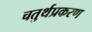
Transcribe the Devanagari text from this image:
चतुर्थप्रकरण